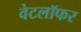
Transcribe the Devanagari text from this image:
वेटलॉफर